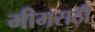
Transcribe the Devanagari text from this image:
मीमराठी